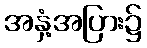
အနှံ့အပြား၌